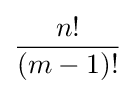
{\frac {n!}{(m-1)!}}